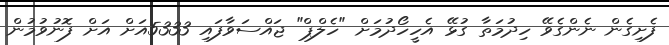
ފެށިގެން ނެންގެވޭ ހިދުމަތާ ގުޅޭ އެހީހޯދުމަށް "ހެލްޕް" ޖައްސަވާފައި 5333އަށް އަށް ފޮނުވުމުން